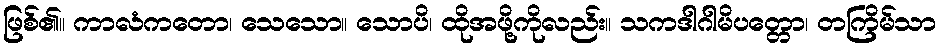
ဖြစ်၏။ ကာလံကတော၊ သေသော။ သောပိ၊ ထိုအဖို့ကိုလည်း။ သကဒါဂါမိပတ္တော၊ တကြိမ်သာ